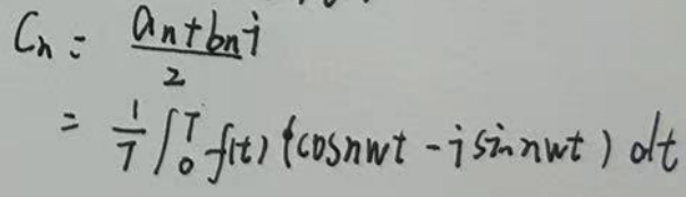
\[
\begin{align*}
C_{n}&=\frac{a_{n}+b_{n}i}{2}\\
&=\frac{1}{T}\int_{0}^{T}f(t)(\cos n\omega t - i\sin n\omega t)dt
\end{align*}
\]